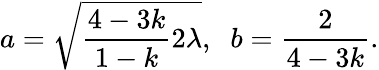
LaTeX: a=\sqrt{\frac{4-3k}{1-k}2\lambda},\; \; b=\frac{2}{4-3k}.